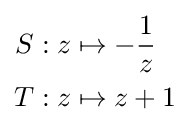
{\begin{aligned}S&:z\mapsto -{\frac {1}{z}}\\T&:z\mapsto z+1\end{aligned}}